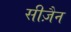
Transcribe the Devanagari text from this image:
सीज़ैन